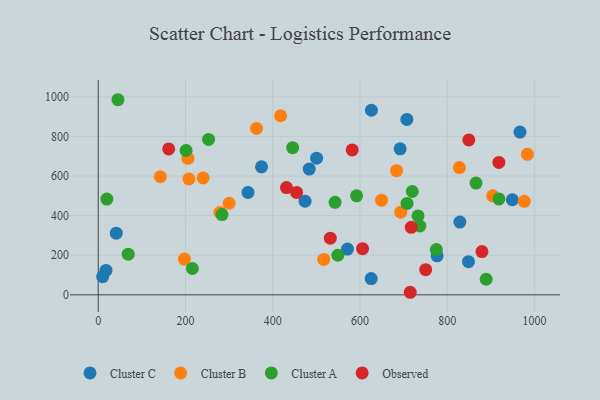
{"axis": {"x": "Engine Size", "y": "Demand"}, "legend": ["Cluster A", "Cluster B", "Cluster C", "Observed"], "data": [{"x": "626.1", "y": 932.3, "type": "Cluster C"}, {"x": "848.6", "y": 167.7, "type": "Cluster C"}, {"x": "41.3", "y": 311.5, "type": "Cluster C"}, {"x": "966.6", "y": 821.8, "type": "Cluster C"}, {"x": "692.0", "y": 737.6, "type": "Cluster C"}, {"x": "625.6", "y": 81.9, "type": "Cluster C"}, {"x": "483.6", "y": 634.9, "type": "Cluster C"}, {"x": "17.8", "y": 123.1, "type": "Cluster C"}, {"x": "949.1", "y": 480.3, "type": "Cluster C"}, {"x": "828.9", "y": 367.7, "type": "Cluster C"}, {"x": "500.5", "y": 690.0, "type": "Cluster C"}, {"x": "707.4", "y": 885.9, "type": "Cluster C"}, {"x": "374.3", "y": 646.3, "type": "Cluster C"}, {"x": "571.3", "y": 231.1, "type": "Cluster C"}, {"x": "474.0", "y": 473.0, "type": "Cluster C"}, {"x": "10.1", "y": 91.7, "type": "Cluster C"}, {"x": "343.3", "y": 517.3, "type": "Cluster C"}, {"x": "776.7", "y": 197.2, "type": "Cluster C"}, {"x": "207.9", "y": 585.3, "type": "Cluster B"}, {"x": "362.8", "y": 840.4, "type": "Cluster B"}, {"x": "240.4", "y": 590.6, "type": "Cluster B"}, {"x": "197.6", "y": 180.4, "type": "Cluster B"}, {"x": "205.6", "y": 689.2, "type": "Cluster B"}, {"x": "827.8", "y": 642.6, "type": "Cluster B"}, {"x": "904.0", "y": 499.9, "type": "Cluster B"}, {"x": "517.0", "y": 178.9, "type": "Cluster B"}, {"x": "142.5", "y": 597.0, "type": "Cluster B"}, {"x": "418.0", "y": 904.5, "type": "Cluster B"}, {"x": "649.4", "y": 477.9, "type": "Cluster B"}, {"x": "683.7", "y": 627.2, "type": "Cluster B"}, {"x": "279.0", "y": 416.2, "type": "Cluster B"}, {"x": "983.6", "y": 709.8, "type": "Cluster B"}, {"x": "300.0", "y": 462.5, "type": "Cluster B"}, {"x": "976.5", "y": 472.5, "type": "Cluster B"}, {"x": "693.3", "y": 417.5, "type": "Cluster B"}, {"x": "215.8", "y": 132.9, "type": "Cluster A"}, {"x": "542.8", "y": 467.3, "type": "Cluster A"}, {"x": "918.4", "y": 484.5, "type": "Cluster A"}, {"x": "865.9", "y": 564.3, "type": "Cluster A"}, {"x": "445.6", "y": 743.2, "type": "Cluster A"}, {"x": "19.8", "y": 483.6, "type": "Cluster A"}, {"x": "45.3", "y": 985.4, "type": "Cluster A"}, {"x": "733.0", "y": 398.6, "type": "Cluster A"}, {"x": "889.1", "y": 78.7, "type": "Cluster A"}, {"x": "549.2", "y": 199.9, "type": "Cluster A"}, {"x": "201.4", "y": 729.0, "type": "Cluster A"}, {"x": "707.8", "y": 461.4, "type": "Cluster A"}, {"x": "775.0", "y": 228.7, "type": "Cluster A"}, {"x": "283.7", "y": 405.1, "type": "Cluster A"}, {"x": "592.1", "y": 500.0, "type": "Cluster A"}, {"x": "737.2", "y": 347.7, "type": "Cluster A"}, {"x": "719.8", "y": 521.8, "type": "Cluster A"}, {"x": "252.9", "y": 784.7, "type": "Cluster A"}, {"x": "68.8", "y": 205.4, "type": "Cluster A"}, {"x": "715.1", "y": 12.9, "type": "Observed"}, {"x": "849.3", "y": 782.2, "type": "Observed"}, {"x": "582.1", "y": 731.7, "type": "Observed"}, {"x": "531.9", "y": 286.1, "type": "Observed"}, {"x": "750.5", "y": 126.8, "type": "Observed"}, {"x": "879.5", "y": 218.3, "type": "Observed"}, {"x": "605.8", "y": 233.2, "type": "Observed"}, {"x": "454.6", "y": 517.4, "type": "Observed"}, {"x": "161.5", "y": 737.1, "type": "Observed"}, {"x": "717.5", "y": 340.9, "type": "Observed"}, {"x": "431.5", "y": 541.8, "type": "Observed"}, {"x": "918.3", "y": 668.6, "type": "Observed"}]}